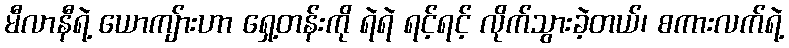
မီလာနီရဲ့ ယောကျ်ားဟာ ရှေ့တန်းကို ရဲရဲ ရင့်ရင့် လိုက်သွားခဲ့တယ်၊ စကားလက်ရဲ့